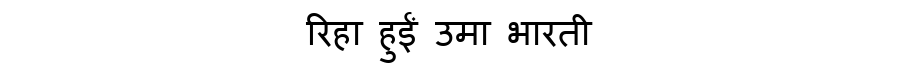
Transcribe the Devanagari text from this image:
रिहा हुईं उमा भारती